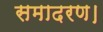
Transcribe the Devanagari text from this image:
समादरण।